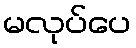
မလုပ်ပေ